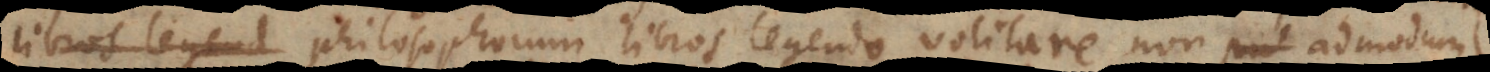
libros legend philosophorum libros legendo volitare non admodum